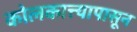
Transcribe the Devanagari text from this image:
कोलकात्त्यापासून